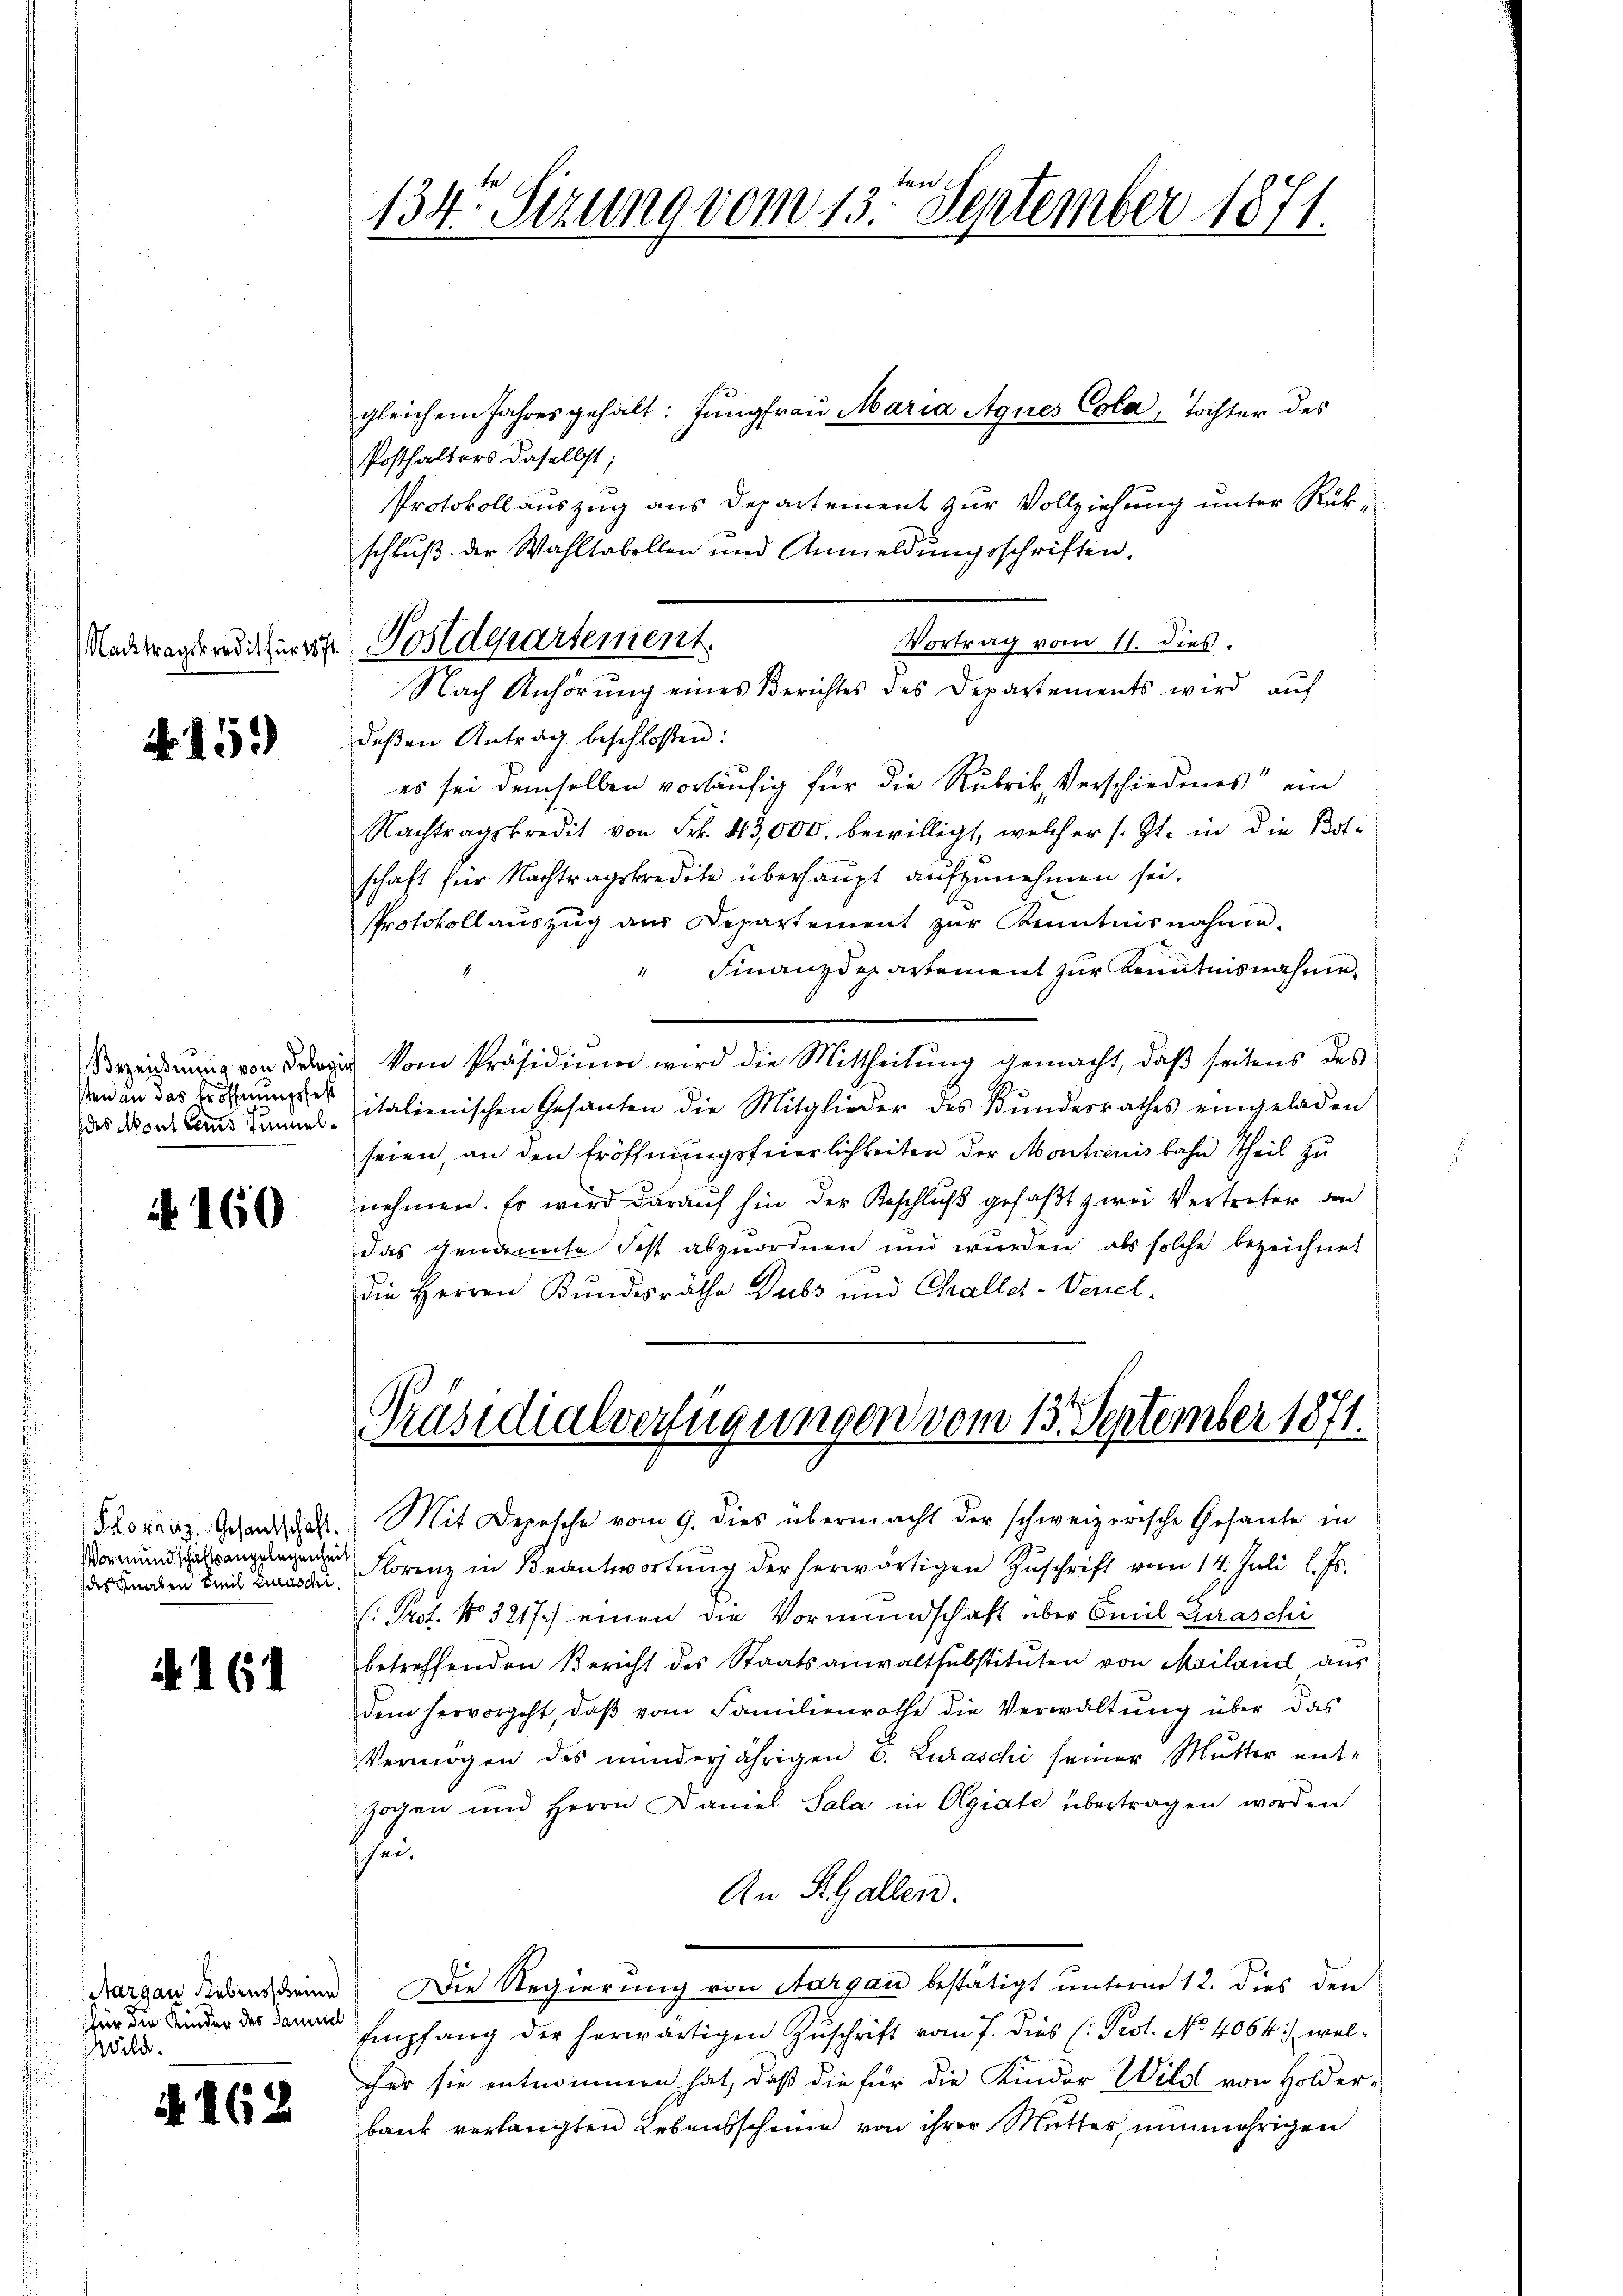
Nr. 15.

des Mont leis Tunnel¬

N 160

Florenz Gesandtschaft.
des Knaben Emil Zuraschi

N 161

Margau liebensscheine
für die Kinder des Samuel
Wild.

A 162

134. Sizung vom 13ten September 1871.

Posthalters daselbst;
Protokollauszug aus Departement zur Vollziehung unter Rükschluß der Wahltabellen und Anmeldŭngsschriften.
Vortrag vom 11. dies
deβen Antrag beschloßen:
es sei demselben vorläufig für die Rubrik, Verschiedenes ein
Nachtragskredit von Frk. 413,000. bewilligt, welcher s. Zt. in die Bot-
schaft für Nachtragskredite überhaupt aufzunehmen sei.
Protokoll auszug aus Departement zŭr Kenntnisnahme.
Finanzdepartement zur Kenntnisnahme
Beeidirung von drei vom Präsidiŭm wird die Mittheilŭng gemacht, daβ seitens des
Von an das sie italienischen Gesanten die Mitglieder des Bŭndesrathes eingeladen
seien, an den Eröffnungsfeierlichkeiten der Montienis bahn Theil zu
nehmen. Es wird darauf hin der Beschlŭβ gefaßt zwei Vertreter an
das genannte Fest abzuordnen und wurden, als solche bezeichnet
die Herren Bundesräthe Dubs und Challes-Venel-

Nadtragerediteres Postdepartement.
Nach Anhörung eines Berichtes des Departements wird auf

gleichem Jahres gehält. Jungfrau Maria Agnes Cola, Tochter des

Präsidialverfügungen vom 13. September 1871.
Mit Depesche vom 9. dies übermacht der schweizerische Gesante in

Floren in Beantwortung der herwärtigen Zuschrift vom 14. Juli l. Js.
(: Prof. No 3217.) einen die Vormundschaft über Emil Graschi
betreffenden Bericht des Staatsanwaltsubstituten von Mailand aus
dem hervorgeht, daβ vom Familienrathe die Verwaltŭng über das
Vermögen des minderjährigen C. Zuraschi seiner Mutter ent-
zogen und Herrn Daniel Sala in Ogiate übertragen worden
schen
An K. Gallen.
Die Regierung von Aargau bestätigt unterm 12. dies den
Empfang der herwärtigen Zŭschrift vom 7. dies (: Prot. No. 4064 :/ welfer sie entnommen hat, daß die für die Kinder Wild von Holderbank verlangten Lebensscheine von ihrer Mutter, nunmehrigen